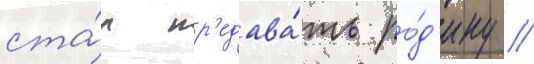
ста́л пр'едава́ть ро́д'ину //